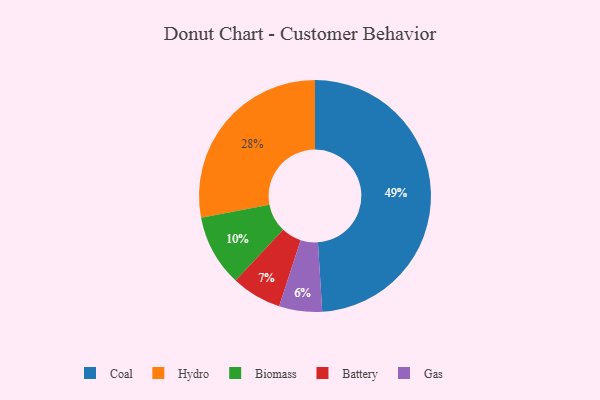
{"axis": {"x": "Category", "y": "Percentage"}, "legend": ["Battery", "Biomass", "Coal", "Gas", "Hydro"], "data": [{"x": "Hydro", "y": 28, "type": "Hydro"}, {"x": "Biomass", "y": 10, "type": "Biomass"}, {"x": "Gas", "y": 6, "type": "Gas"}, {"x": "Coal", "y": 49, "type": "Coal"}, {"x": "Battery", "y": 7, "type": "Battery"}]}